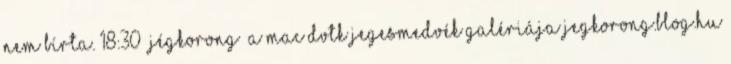
nem bírta. 18:30 Jégkorong A MAC–DVTK Jegesmedvék galériája jegkorong.blog.hu